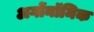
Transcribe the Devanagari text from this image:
अर्गोनॉमिक